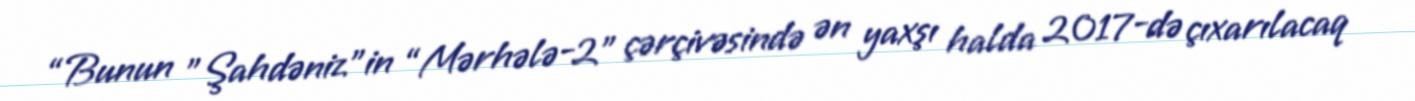
“Bunun ”Şahdəniz"in “Mərhələ-2" çərçivəsində ən yaxşı halda 2017-də çıxarılacaq